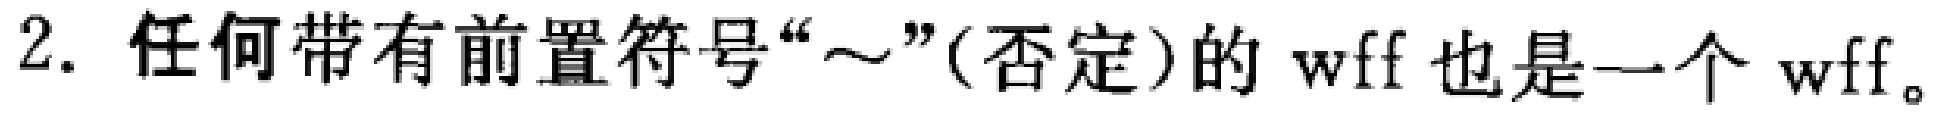
2. 任何带有前置符号“～”(否定)的 wff 也是一个 wff。